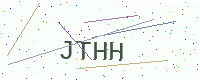
Text: JTHH